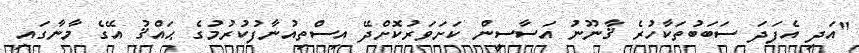
"އަދި އެފަދަ ސަބަބުތަކާހުރެ ޤާނޫނު އަސާސީން ކަށަވަރުކޮށްދޭ އިސްތިއުނާފުކުރުމުގެ ޙައްޤު އޭގެ މާނާގައި